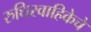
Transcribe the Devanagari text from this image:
रुधिरवाहिकेचे